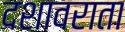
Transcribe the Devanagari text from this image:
दशावराता